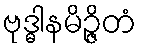
ဗုဒ္ဓါနမိဉ္ဇိတံ